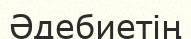
Әдебиетің